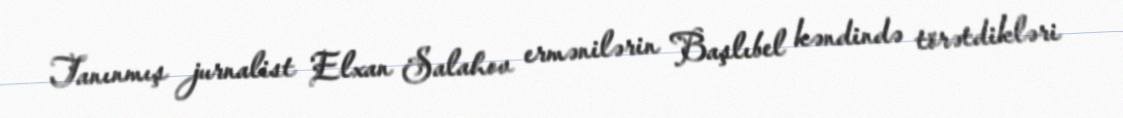
Tanınmış jurnalist Elxan Salahov ermənilərin Başlıbel kəndində törətdikləri